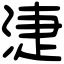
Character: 𣶏